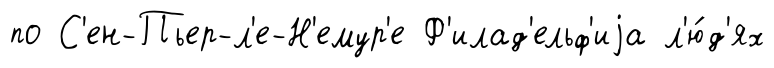
по С'ен-Пьер-л'е-Н'емур'е Ф'илад'ельф'иjа л'ю́д'ях